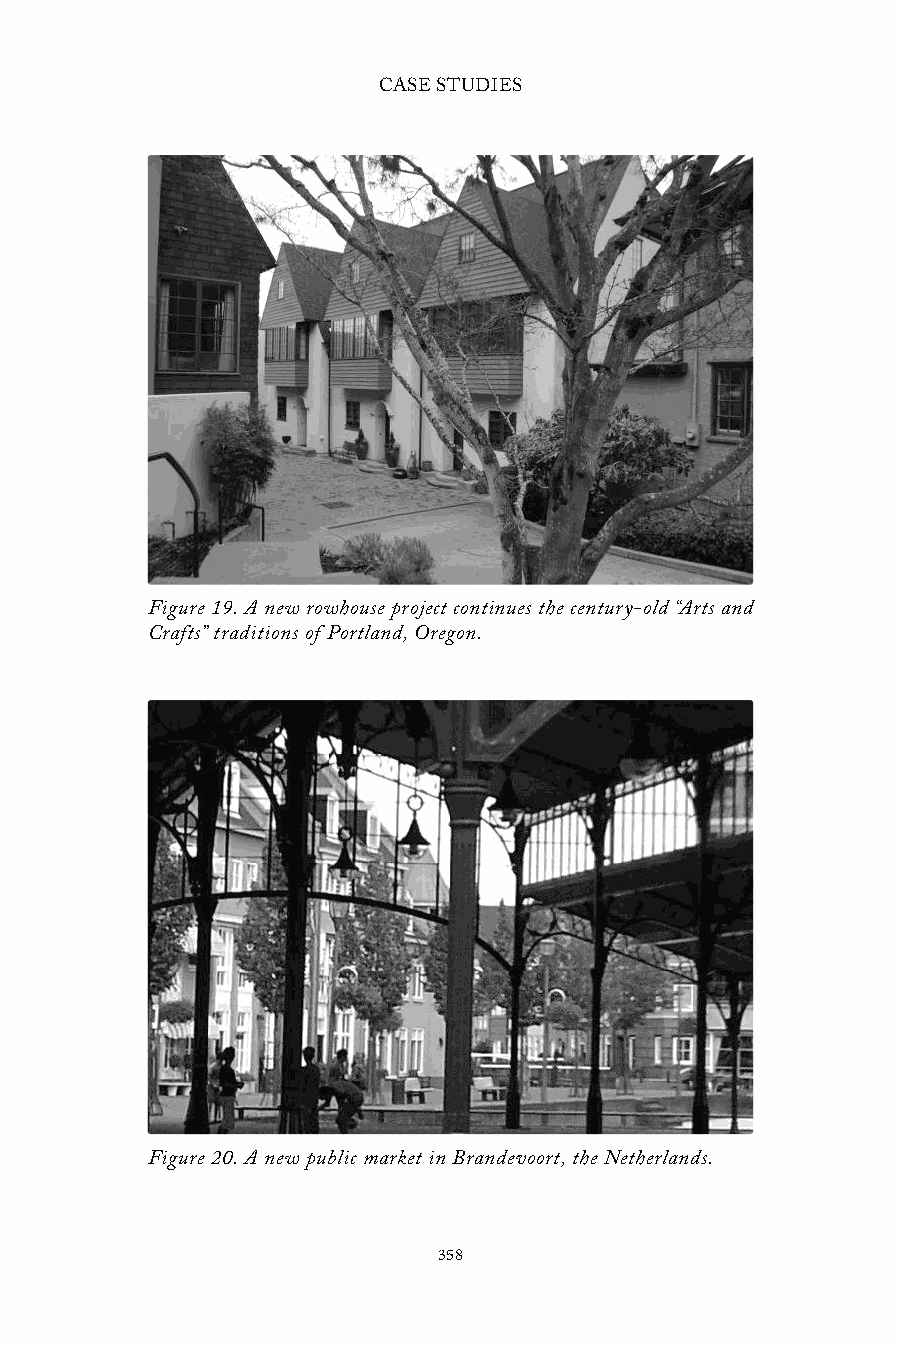
CASE STUDIES
 Figure 19. A new rowhouse project continues the century-old “Arts and
 Crafts” traditions of Portland, Oregon.
 Figure 20. A new public market in Brandevoort, the Netherlands.
 358